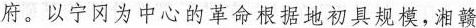
府。以宁冈为中心的革命根据地初具规模，湘赣